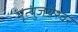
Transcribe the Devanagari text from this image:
मृत्युंजयेश्वर